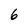
Character: 6